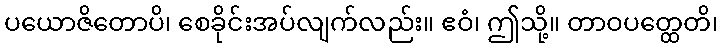
ပယောဇိတောပိ၊ စေခိုင်းအပ်လျက်လည်း။ ဧဝံ၊ ဤသို့။ တာဝပတ္ထေတိ၊